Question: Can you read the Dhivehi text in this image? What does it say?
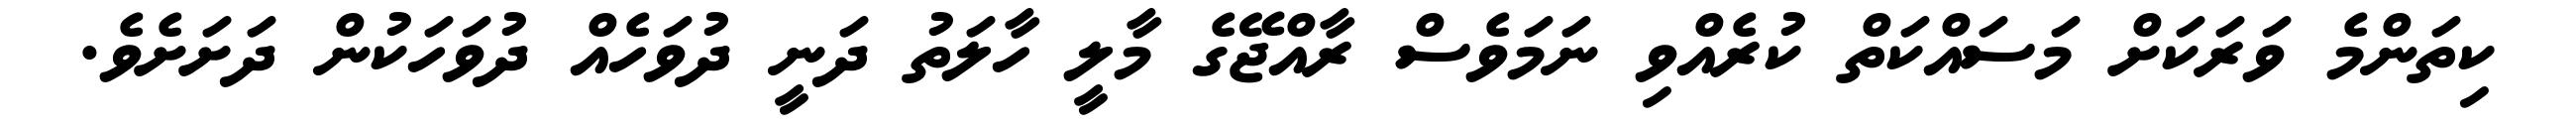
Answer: ކިތަންމެ ވަރަކަށް މަސައްކަތް ކުރެއްވި ނަމަވެސް ރާއްޖޭގެ މާލީ ހާލަތު ދަނީ ދުވަހެއް ދުވަހަކުން ދަށަށެވެ.